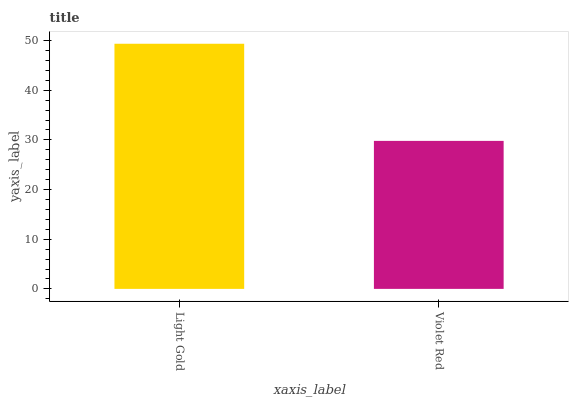
| xaxis_label | bars |
 | --- | --- |
 | Light Gold | 49.4 |
 | Violet Red | 29.8 |